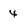
Character: 4